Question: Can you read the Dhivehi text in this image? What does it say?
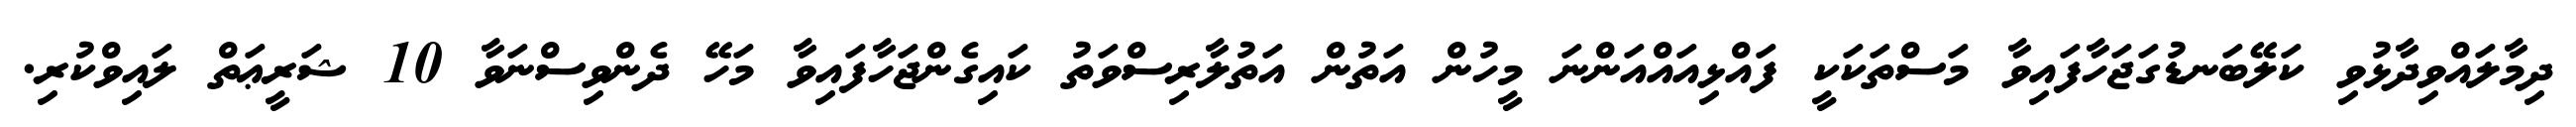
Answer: ދިމާލައްވިދާޅުވި ކަލޭބަނޑުގަޖަހާފައިވާ މަސްތަކަކީ ފައްޅިއައްއަންނަ މީހުން އަތުން އަތުލާރިސްވަތު ކައިގެންޖަހާފައިވާ މަހޭ ދެންވިސްނަވާ 10 ޝަރީޢަތް ލައިވްކުރި.